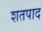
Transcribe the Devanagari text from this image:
शतपाद